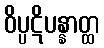
ဝိပ္ပဋိပန္နာတ္ထ